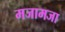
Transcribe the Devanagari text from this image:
मजामजा